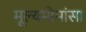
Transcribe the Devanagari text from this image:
मूल्यमोमांसा